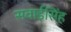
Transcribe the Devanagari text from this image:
सवाईसिंह